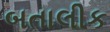
બતાલીક